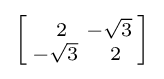
\left[{\begin{smallmatrix}\ \,2&-{\sqrt {3}}\\-{\sqrt {3}}&\ \,2\end{smallmatrix}}\right]